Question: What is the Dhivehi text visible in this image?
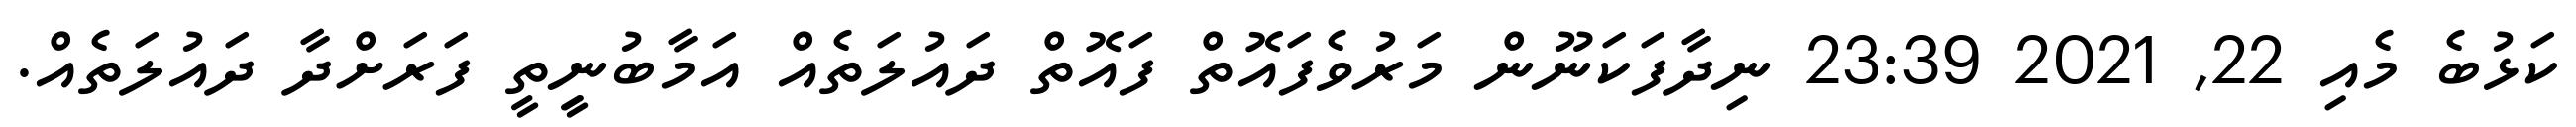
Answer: ކަޅުބެ މެއި 22, 2021 23:39 ނިދާފަކަނޫން މަރުވެފައޮތް ފައޮތް ދައުލަތެއް އަމާބުނީިތީ ފަރަށްދާ ދައުލަތެއް.